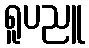
ရူပညူ